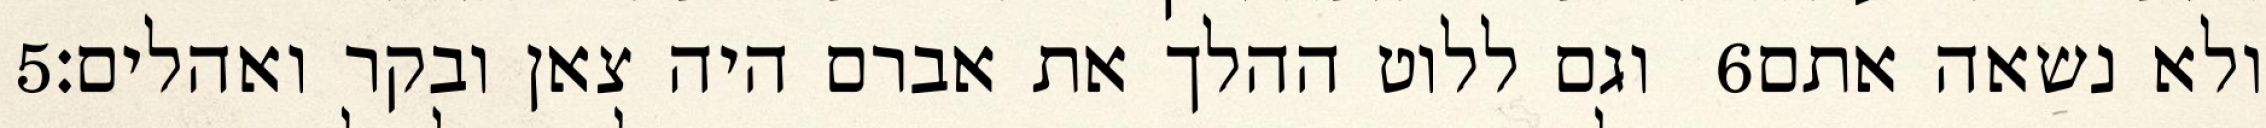
‎5‏ וגם ללוט ההלך את אברם היה צאן ובקר ואהלים׃ ‎6‏ ולא נשאה אתם